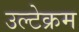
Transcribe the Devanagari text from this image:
उल्टेक्रम